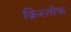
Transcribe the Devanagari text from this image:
क्रिस्तोफ